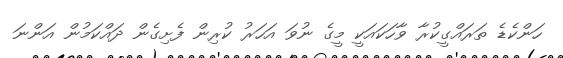
ހަންކެޑެ ތަރައްގީކުރާ ވާހަކައަކީ މީގެ ނުވަ އަހަރު ކުރިން ފެށިގެން ދައްކަމުން އަންނަ